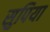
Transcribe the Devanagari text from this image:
सुपिया